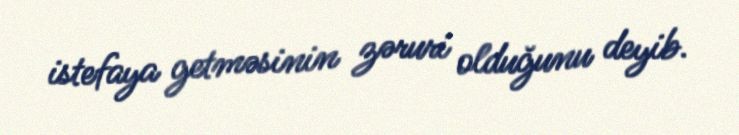
istefaya getməsinin zəruri olduğunu deyib.